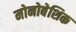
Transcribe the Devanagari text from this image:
मोनोबेशिक